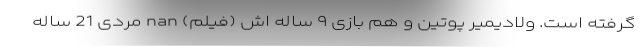
گرفته است. ولادیمیر پوتین و هم بازی ۹ ساله اش (فیلم) nan مردی 21 ساله‌